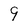
Character: 9